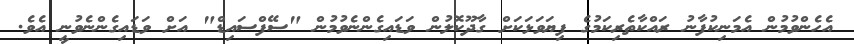
އެހެންވުމުން އެމަނިކުފާނު ރައްކާތެރިކަމުގެ ފިޔަވަޅަކަށް ގާދޫކޮލުން ވަޑައިގެންނެވުމުން "ސޭފްސައިޑް" އަށް ވަޑައިގެންނެވުނީ އެވެ.